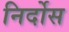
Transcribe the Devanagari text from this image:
निर्दोस